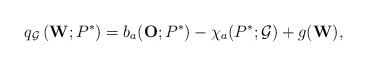
LaTeX: \begin{align*}q_{\mathcal{G}}\left( \mathbf{W};P^{\ast}\right) = b_{a}(\mathbf{O};P^{\ast}) - \chi_{a}(P^{\ast};\mathcal{G})+ g(\mathbf{W}),\end{align*}